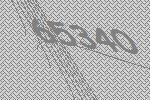
65340